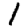
Digit: 1